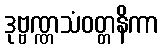
ဒုဗ္ဗဏ္ဏသံဝတ္တနိကာ